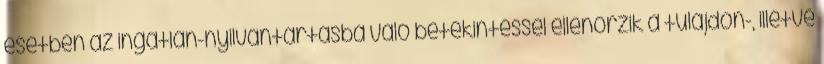
esetben az ingatlan-nyilvántartásba való betekintéssel ellenőrzik a tulajdon-, illetve